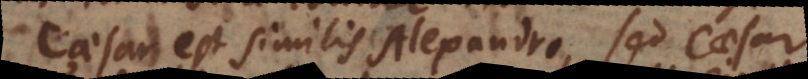
Caesar est similis Alexandro, sed Caesar